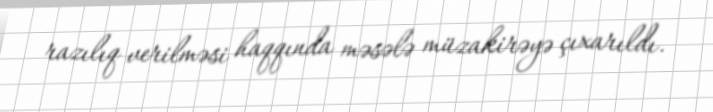
razılıq verilməsi haqqında məsələ müzakirəyə çıxarıldı.